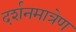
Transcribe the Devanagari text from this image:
दर्शनमात्रेण